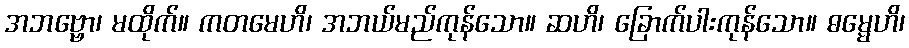
အဘဗ္ဗော၊ မထိုက်။ ကတမေဟိ၊ အဘယ်မည်ကုန်သော။ ဆဟိ၊ ခြောက်ပါးကုန်သော။ ဓမ္မေဟိ၊